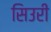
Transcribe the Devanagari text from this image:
सिउरी